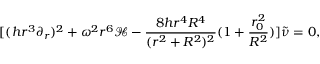
[ ( h r ^ { 3 } \partial _ { r } ) ^ { 2 } + \omega ^ { 2 } r ^ { 6 } { \mathcal H } - \frac { 8 h r ^ { 4 } R ^ { 4 } } { ( r ^ { 2 } + R ^ { 2 } ) ^ { 2 } } ( 1 + \frac { r _ { 0 } ^ { 2 } } { R ^ { 2 } } ) ] \tilde { \nu } = 0 ,